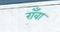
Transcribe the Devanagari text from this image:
राँवा